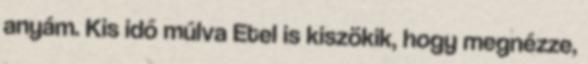
anyám. Kis idő múlva Etel is kiszökik, hogy megnézze,